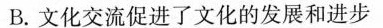
B.文化交流促进了文化的发展和进步